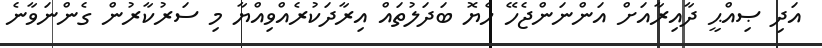
އަދި ޞިއްޙީ ދާއިރާއަށް އަންނަންޖެހޭ ހެޔޮ ބަދަލުތައް އިރާދަކުރެއްވިއްޔާ މި ސަރުކާރުން ގެންނަވާނެ